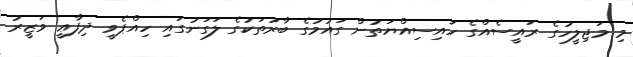
މި މަޖިލީހުގެ ރައީސެއްގެ ހައިސިއްޔަތުން ގައުމުގެ ބާރުތަކުގެ ލަގަނުގައި ހިއްޕެވީ ދިފާޢީ ވަޒީރު